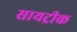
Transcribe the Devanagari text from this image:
सायट्रीक